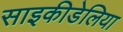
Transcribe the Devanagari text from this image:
साइकीडेलिया